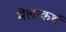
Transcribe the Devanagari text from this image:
मेलाकर्थ